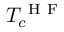
T _ { c } ^ { \mathrm { ~ H ~ F ~ } }